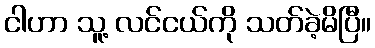
ငါဟာ သူ့ လင်ငယ်ကို သတ်ခဲ့မိပြီ။